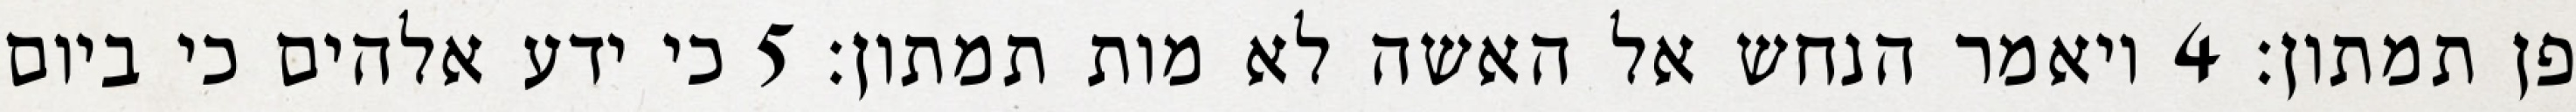
פן תמתון׃ ‎4‏ ויאמר הנחש אל האשה לא מות תמתון׃ ‎5‏ כי ידע אלהים כי ביום